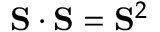
\mathbf { S } \cdot \mathbf { S } = \mathbf { S } ^ { 2 }